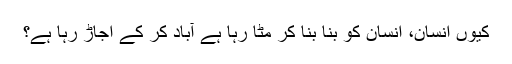
کیوں انسان، انسان کو بنا بنا کر مٹا رہا ہے آباد کر کے اجاڑ رہا ہے؟